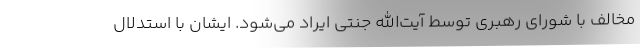
مخالف با شورای رهبری توسط آیت‌الله جنتی ایراد می‌شود. ایشان با استدلال